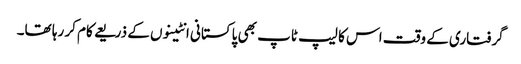
گرفتاری کے وقت اس کا لیپ ٹاپ بھی پاکستانی انٹینوں کے ذریعے کام کر رہا تھا۔